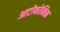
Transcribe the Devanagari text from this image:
आटोफोनिक